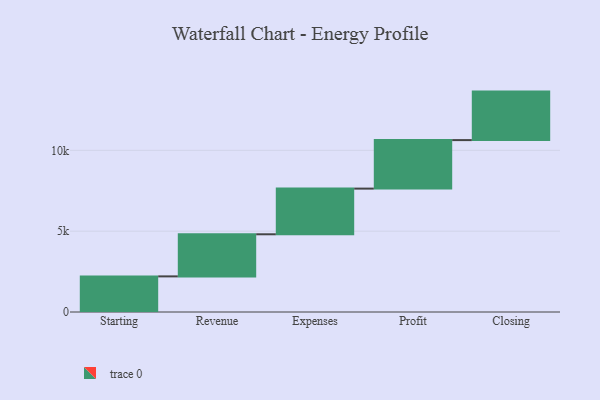
{"axis": {"x": "Step", "y": "Value"}, "legend": [""], "data": [{"x": "Starting", "y": 2203.0, "type": ""}, {"x": "Revenue", "y": 2604.0, "type": ""}, {"x": "Expenses", "y": 2825.0, "type": ""}, {"x": "Profit", "y": 3000, "type": ""}, {"x": "Closing", "y": 3000, "type": ""}]}